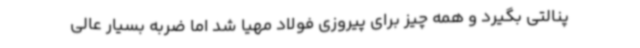
پنالتی بگیرد و همه چیز برای پیروزی فولاد مهیا شد اما ضربه بسیار عالی